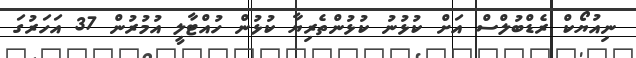
ނިއުޔޯކް ރެޑްބުލްސް އަށް ކުޅުނު ކުޅުންތެރިޔާ ކުޅުން ހުއްޓާލީ އުމުރުން 37 އަހަރުގަ